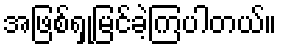
အဖြစ်ရှုမြင်ခဲ့ကြပါတယ်။